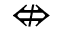
\nLeftrightarrow